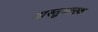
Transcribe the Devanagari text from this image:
वास्तुकारक